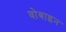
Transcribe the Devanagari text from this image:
वोबाइन